Civil Veterinary Dept. Bombay admin report 1932-41 - 1932-1941
Year: 1932
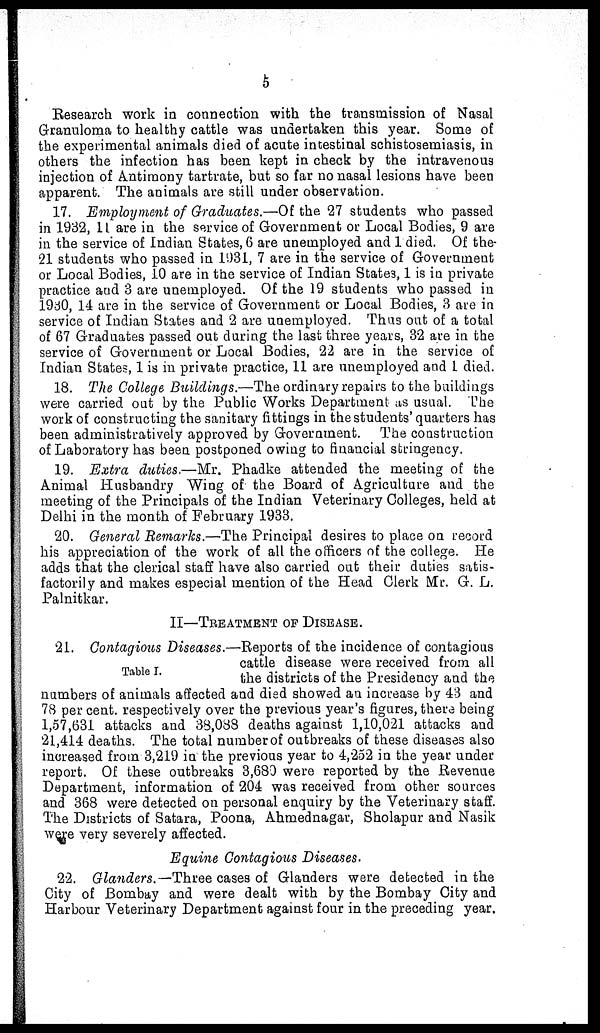
5
Research work in connection with the transmission of Nasal
Granuloma to healthy cattle was undertaken this year. Some of
the experimental animals died of acute intestinal schistosemiasis, in
others the infection has been kept in check by the intravenous
injection of Antimony tartrate, but so far no nasal lesions have been
apparent. The animals are still under observation.
17. Employment of Graduates.—Of the 27 students who passed
in 1932, 11 are in the service of Government or Local Bodies, 9 are
in the service of Indian States, 6 are unemployed and 1 died. Of the
21 students who passed in 1931, 7 are in the service of Government
or Local Bodies, 10 are in the service of Indian States, 1 is in private
practice and 3 are unemployed. Of the 19 students who passed in
1930, 14 are in the service of Government or Local Bodies, 3 are in
service of Indian States and 2 are unemployed. Thus out of a total
of 67 Graduates passed out during the last three years, 32 are in the
service of Government or Local Bodies, 22 are in the service of
Indian States, 1 is in private practice, 11 are unemployed and 1 died.
18. The College Buildings.—The ordinary repairs to the buildings
were carried out by the Public Works Department as usual. The
work of constructing the sanitary fittings in the students' quarters has
been administratively approved by Government. The construction
of Laboratory has been postponed owing to financial stringency.
19. Extra duties.—Mr. Phadke attended the meeting of the
Animal Husbandry Wing of the Board of Agriculture and the
meeting of the Principals of the Indian Veterinary Colleges, held at
Delhi in the month of February 1933.
20. General Remarks.—The Principal desires to place on record
his appreciation of the work of all the officers of the college. He
adds that the clerical staff have also carried out their duties satis-
factorily and makes especial mention of the Head Clerk Mr. G. L.
Palnitkar.
II—TREATMENT OF DISEASE.
Table I.
21. Contagious Diseases.—Reports of the incidence of contagious
cattle disease were received from all
the districts of the Presidency and the
numbers of animals affected and died showed an increase by 43 and
78 per cent. respectively over the previous year's figures, there being
1,57,631 attacks and 38,088 deaths against 1,10,021 attacks and
21,414 deaths. The total number of outbreaks of these diseases also
increased from 3,219 in the previous year to 4,252 in the year under
report. Of these outbreaks 3,680 were reported by the Revenue
Department, information of 204 was received from other sources
and 368 were detected on personal enquiry by the Veterinary staff.
The Districts of Satara, Poona, Ahmednagar, Sholapur and Nasik
were very severely affected.
Equine Contagious Diseases.
22. Glanders.—Three cases of Glanders were detected in the
City of Bombay and were dealt with by the Bombay City and
Harbour Veterinary Department against four in the preceding year.